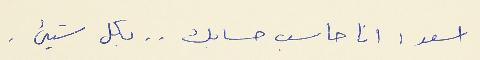
اسعد : انا حاسب حسابك . . بكل شيء.